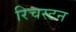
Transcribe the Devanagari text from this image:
रिचस्टन